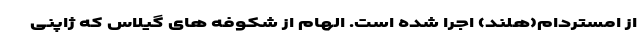
از امستردام(هلند) اجرا شده است. الهام از شکوفه های گیلاس که ژاپنی